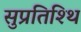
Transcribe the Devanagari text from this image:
सुप्रतिश्थि